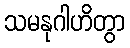
သမနုဂါဟိတွာ